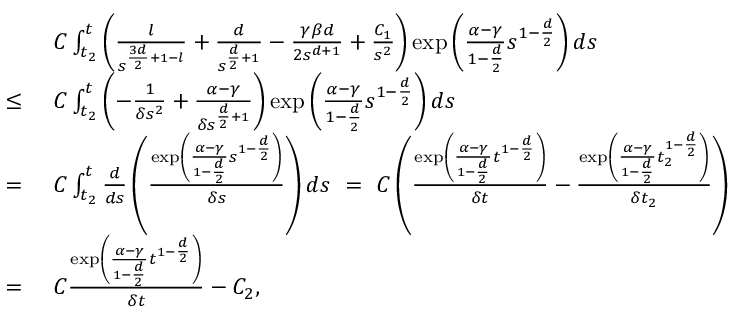
\begin{array} { r l } & { C \int _ { t _ { 2 } } ^ { t } \left( \frac { l } { s ^ { \frac { 3 d } { 2 } + 1 - l } } + \frac { d } { s ^ { \frac { d } { 2 } + 1 } } - \frac { \gamma \beta d } { 2 s ^ { d + 1 } } + \frac { C _ { 1 } } { s ^ { 2 } } \right) \exp \left( \frac { \alpha - \gamma } { 1 - \frac { d } { 2 } } s ^ { 1 - \frac { d } { 2 } } \right) d s } \\ { \leq \ } & { C \int _ { t _ { 2 } } ^ { t } \left( - \frac { 1 } { \delta s ^ { 2 } } + \frac { \alpha - \gamma } { \delta s ^ { \frac { d } { 2 } + 1 } } \right) \exp \left( \frac { \alpha - \gamma } { 1 - \frac { d } { 2 } } s ^ { 1 - \frac { d } { 2 } } \right) d s } \\ { = \ } & { C \int _ { t _ { 2 } } ^ { t } \frac { d } { d s } \left( \frac { \exp \left( \frac { \alpha - \gamma } { 1 - \frac { d } { 2 } } s ^ { 1 - \frac { d } { 2 } } \right) } { \delta s } \right) d s \ = \ C \left( \frac { \exp \left( \frac { \alpha - \gamma } { 1 - \frac { d } { 2 } } t ^ { 1 - \frac { d } { 2 } } \right) } { \delta t } - \frac { \exp \left( \frac { \alpha - \gamma } { 1 - \frac { d } { 2 } } t _ { 2 } ^ { 1 - \frac { d } { 2 } } \right) } { \delta t _ { 2 } } \right) } \\ { = \ } & { C \frac { \exp \left( \frac { \alpha - \gamma } { 1 - \frac { d } { 2 } } t ^ { 1 - \frac { d } { 2 } } \right) } { \delta t } - C _ { 2 } , } \end{array}